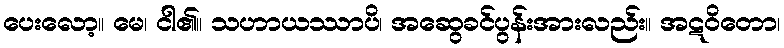
ပေးလော့။ မေ၊ ငါ၏။ သဟာယဿာပိ၊ အဆွေခင်ပွန်းအားလည်း။ အဋဝိတော၊